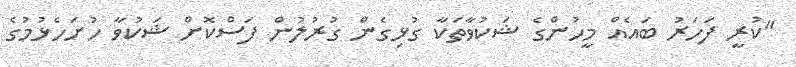
"ކުރީ ފަހަރު ބައެއް މީހުންގެ ޝަކުވާތަކާ ގުޅިގެން ގުރުލުން ފަސްކޮށް ޝަކުވާ ހުށަހެޅުމުގެ